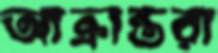
আক্রান্তরা